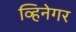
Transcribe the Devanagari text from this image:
व्हिनेगर